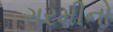
ગરમીનો